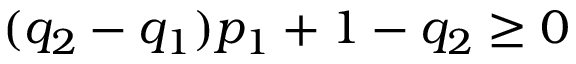
( q _ { 2 } - q _ { 1 } ) p _ { 1 } + 1 - q _ { 2 } \geq 0